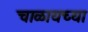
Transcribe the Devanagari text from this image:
चाळायच्या